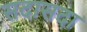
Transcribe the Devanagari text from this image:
सदासदा